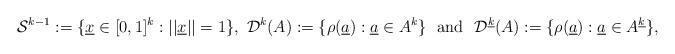
LaTeX: \begin{align*}\mathcal{S}^{k - 1} := \{\underline{x} \in [0,1]^{k} : ||\underline{x}|| = 1\}, ~ \mathcal{D}^{k}(A) := \{\rho(\underline{a}) : \underline{a} \in A^{k}\} ~ \mbox{ and } ~ \mathcal{D}^{\underline{k}}(A) := \{\rho(\underline{a}) : \underline{a} \in A^{\underline{k}}\},\end{align*}